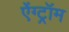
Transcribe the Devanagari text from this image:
ऐंग्ट्रॉम